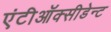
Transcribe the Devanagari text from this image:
एंटीऑक्सीडेन्ट